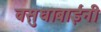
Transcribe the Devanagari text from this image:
वसुधाबाईंनी